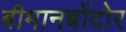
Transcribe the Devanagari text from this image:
बीमानबोंदोर